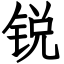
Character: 锐